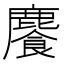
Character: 𩞇